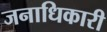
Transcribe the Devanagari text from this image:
जनाधिकारी